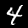
Label: 4